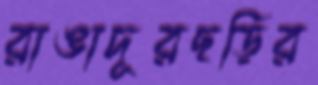
রাঙাদূরছড়ির